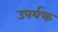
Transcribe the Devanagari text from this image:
उपर्यक्त